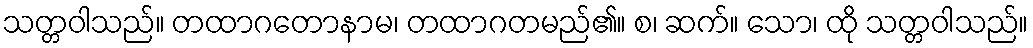
သတ္တဝါသည်။ တထာဂတောနာမ၊ တထာဂတမည်၏။ စ၊ ဆက်။ သော၊ ထို သတ္တဝါသည်။